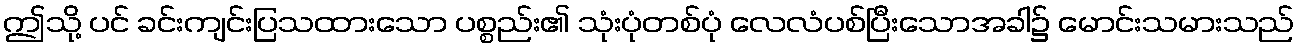
ဤသို့ ပင် ခင်းကျင်းပြသထားသော ပစ္စည်း၏ သုံးပုံတစ်ပုံ လေလံပစ်ပြီးသောအခါ၌ မောင်းသမားသည်